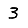
Digit: 3